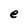
Character: e